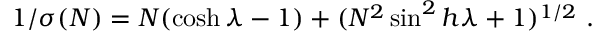
1 / \sigma ( N ) = N ( \cosh \lambda - 1 ) + ( N ^ { 2 } \sin ^ { 2 } h \lambda + 1 ) ^ { 1 / 2 } \ .